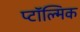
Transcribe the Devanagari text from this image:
प्टॉल्मिक